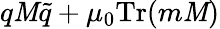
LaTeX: q\mathit{M}\tilde{{q}}+\mu_{0}\mathrm{{Tr}}(m\mathit{M})